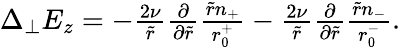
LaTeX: \begin{array}{r}{\Delta_{\perp}E_{z}=-\frac{2\nu}{\tilde{r}}\frac{\partial}{\partial\tilde{r}}\frac{\tilde{r}n_{+}}{r_{0}^{+}}-\frac{2\nu}{\tilde{r}}\frac{\partial}{\partial\tilde{r}}\frac{\tilde{r}n_{-}}{r_{0}^{-}}.}\end{array}